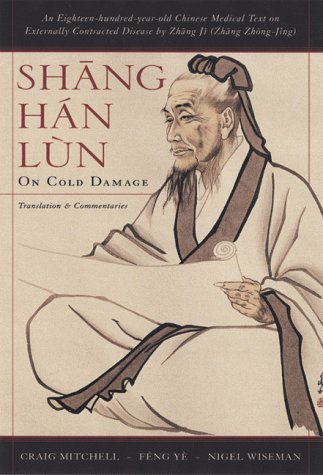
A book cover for Shang Han Lun: On Cold Damage, Translation & Commentaries; Craig Mitchell; Medical Books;